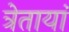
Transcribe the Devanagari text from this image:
त्रेतायां